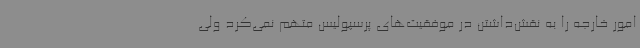
امور خارجه را به نقش‌داشتن در موفقیت‌های پرسپولیس متهم نمی‌کرد ولی